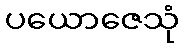
ပယောဇေသုံ